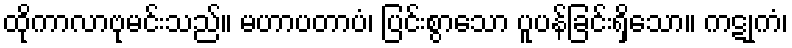
ထိုကာလာဗုမင်းသည်။ မဟာပတာပံ၊ ပြင်းစွာသော ပူပန်ခြင်းရှိသော။ ကဋုကံ၊